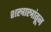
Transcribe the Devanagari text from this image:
शस्त्रास्त्रांतून